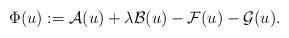
LaTeX: \begin{align*}\Phi(u):=\mathcal{A}(u)+\lambda\mathcal{B}(u)-\mathcal{F}(u)-\mathcal{G}(u).\end{align*}